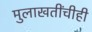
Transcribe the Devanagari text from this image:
मुलाखतींचीही